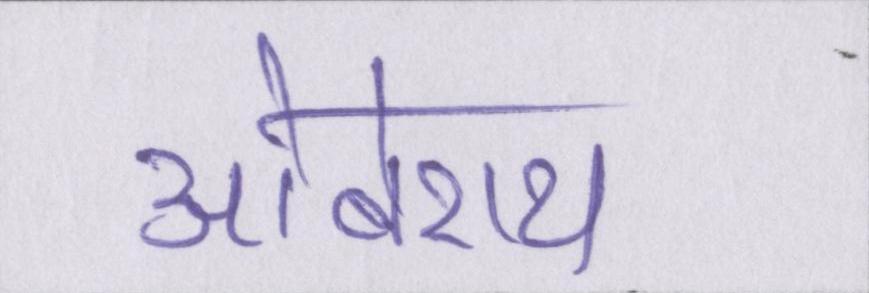
ओबेराय